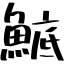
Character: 鯳